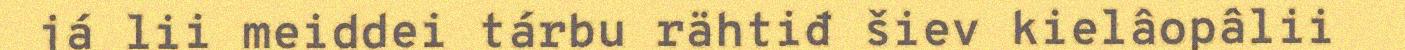
já lii meiddei tárbu rähtiđ šiev kielâopâlii